Report of the Indian Hemp Drugs Commission, 1894-1895 - Volume IV
Year: 1894
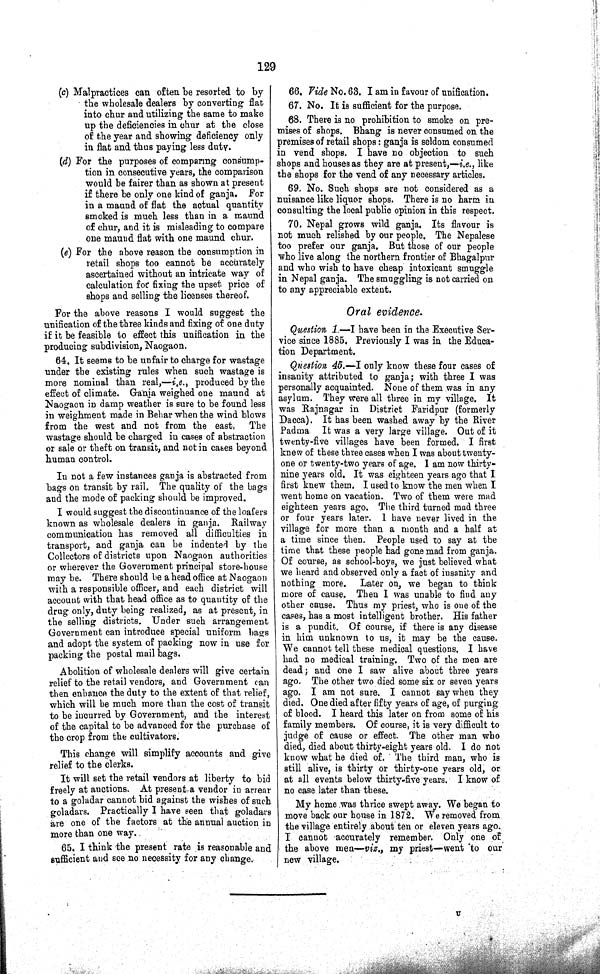
129
(c) Malpractices can often be resorted to by
the wholesale dealers by converting flat
into chur and utilizing the same to make
up the deficiencies in chur at the close
of the year and showing deficiency only
in flat and thus paying less duty.
(d) For the purposes of comparing consump¬
tion in consecutive years, the comparison
would be fairer than as shown at present
if there be only one kind of ganja. For
in a maund of flat the actual quantity
smoked is much less than in a maund
of chur, and it is misleading to compare
one maund flat with one maund chur.
(e) For the above reason the consumption in
retail shops too cannot be accurately
ascertained without an intricate way of
calculation for fixing the upset price of
shops and selling the licenses thereof.
For the above reasons I would suggest the
unification of the three kinds and fixing of one duty
if it be feasible to effect this unification in the
producing subdivision, Naogaon.
64. It seems to be unfair to charge for wastage
under the existing rules when such wastage is
more nominal than real,—i.e., produced by the
effect of climate. Ganja weighed one maund at
Naogaon in damp weather is sure to be found less
in weighment made in Behar when the wind blows
from the west and not from the east, The
wastage should be charged in cases of abstraction
or sale or theft on transit, and not in cases beyond
human control.
In not a few instances ganja is abstracted from
bags on transit by rail. The quality of the bags
and the mode of packing should be improved.
I would suggest the discontinuance of the loafers
known as wholesale dealers in ganja. Railway
communication has removed all difficulties in
transport, and ganja can be indented by the
Collectors of districts upon Naogaon authorities
or wherever the Government principal store-house
may be. There should be a head office at Naogaon
with a responsible officer, and each district will
account with that head office as to quantity of the
drug only, duty being realized, as at present, in
the selling districts. Under such arrangement
Government can introduce special uniform bags
and adopt the system of packing now in use for
packing the postal mail bags.
Abolition of wholesale dealers will give certain
relief to the retail vendors, and Government can
then enhance the duty to the extent of that relief,
which will be much more than the cost of transit
to be incurred by Government, and the interest
of the capital to be advanced for the purchase of
the crop from the cultivators.
This change will simplify accounts and give
relief to the clerks.
It will set the retail vendors at liberty to bid
freely at auctions. At present a vendor in arrear
to a goladar cannot bid against the wishes of such
goladars. Practically I have seen that goladars
are one of the factors at the annual auction in
more than one way.
65. I think the present rate is reasonable and
sufficient and see no necessity for any change.
66. Vide No. 63. I am in favour of unification.
67. No. It is sufficient for the purpose.
68. There is no prohibition to smoke on pre¬
mises of shops. Bhang is never consumed on the
premises of retail shops: ganja is seldom consumed
in vend shops. I have no objection to such
shops and houses as they are at present,—i.e., like
the shops for the vend of any necessary articles.
69. No. Such shops are not considered as a
nuisance like liquor shops. There is no harm in
consulting the local public opinion in this respect.
70. Nepal grows wild ganja. Its flavour is
not much relished by our people. The Nepalese
too prefer our ganja. But those of our people
who live along the northern frontier of Bhagalpur
and who wish to have cheap intoxicant smuggle
in Nepal ganja. The smuggling is not carried on
to any appreciable extent.
Oral evidence.
Question 1.—I have been in the Executive Ser¬
vice since 1885. Previously I was in the Educa¬
tion Department.
Question 45.—I only know these four cases of
insanity attributed to ganja; with three I was
personally acquainted. None of them was in any
asylum. They were all three in my village. It
was Rajnagar in District Faridpur (formerly
Dacca). It has been washed away by the River
Padma It was a very large village. Out of it
twenty-five villages have been formed. I first
knew of these three cases when I was about twenty-
one or twenty-two years of age. I am now thirty-
nine years old. It was eighteen years ago that I
first knew them. I used to know the men when I
went home on vacation. Two of them were mad
eighteen years ago. The third turned mad three
or four years later. I have never lived in the
village for more than a month and a half at
a time since then. People used to say at the
time that these people had gone mad from ganja.
Of course, as school-boys, we just believed what
we heard and observed only a fact of insanity and
nothing more. Later on, we began to think
more of cause. Then I was unable to find any
other cause. Thus my priest, who is one of the
cases, has a most intelligent brother. His father
is a pundit. Of course, if there is any disease
in him unknown to us, it may be the cause.
We cannot tell these medical questions. I have
had no medical training. Two of the men are
dead; and one I saw alive about three years
ago. The other two died some six or seven years
ago. I am not sure. I cannot say when they
died. One died after fifty years of age, of purging
of blood. I heard this later on from some of his
family members. Of course, it is very difficult to
judge of cause or effect. The other man who
died, died about thirty-eight years old. I do not
know what he died of. The third man, who is
still alive, is thirty or thirty-one years old, or
at all events below thirty-five years. I know of
no case later than these.
My home was thrice swept away. We began to
move back our house in 1872. We removed from
the village entirely about ten or eleven years ago.
I cannot accurately remember. Only one of
the above men—viz., my priest—went to our
new village.
U